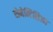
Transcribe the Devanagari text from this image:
रोमेन्टिसिज्म